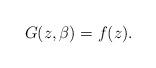
LaTeX: \begin{align*}G(z,\beta)=f(z).\end{align*}